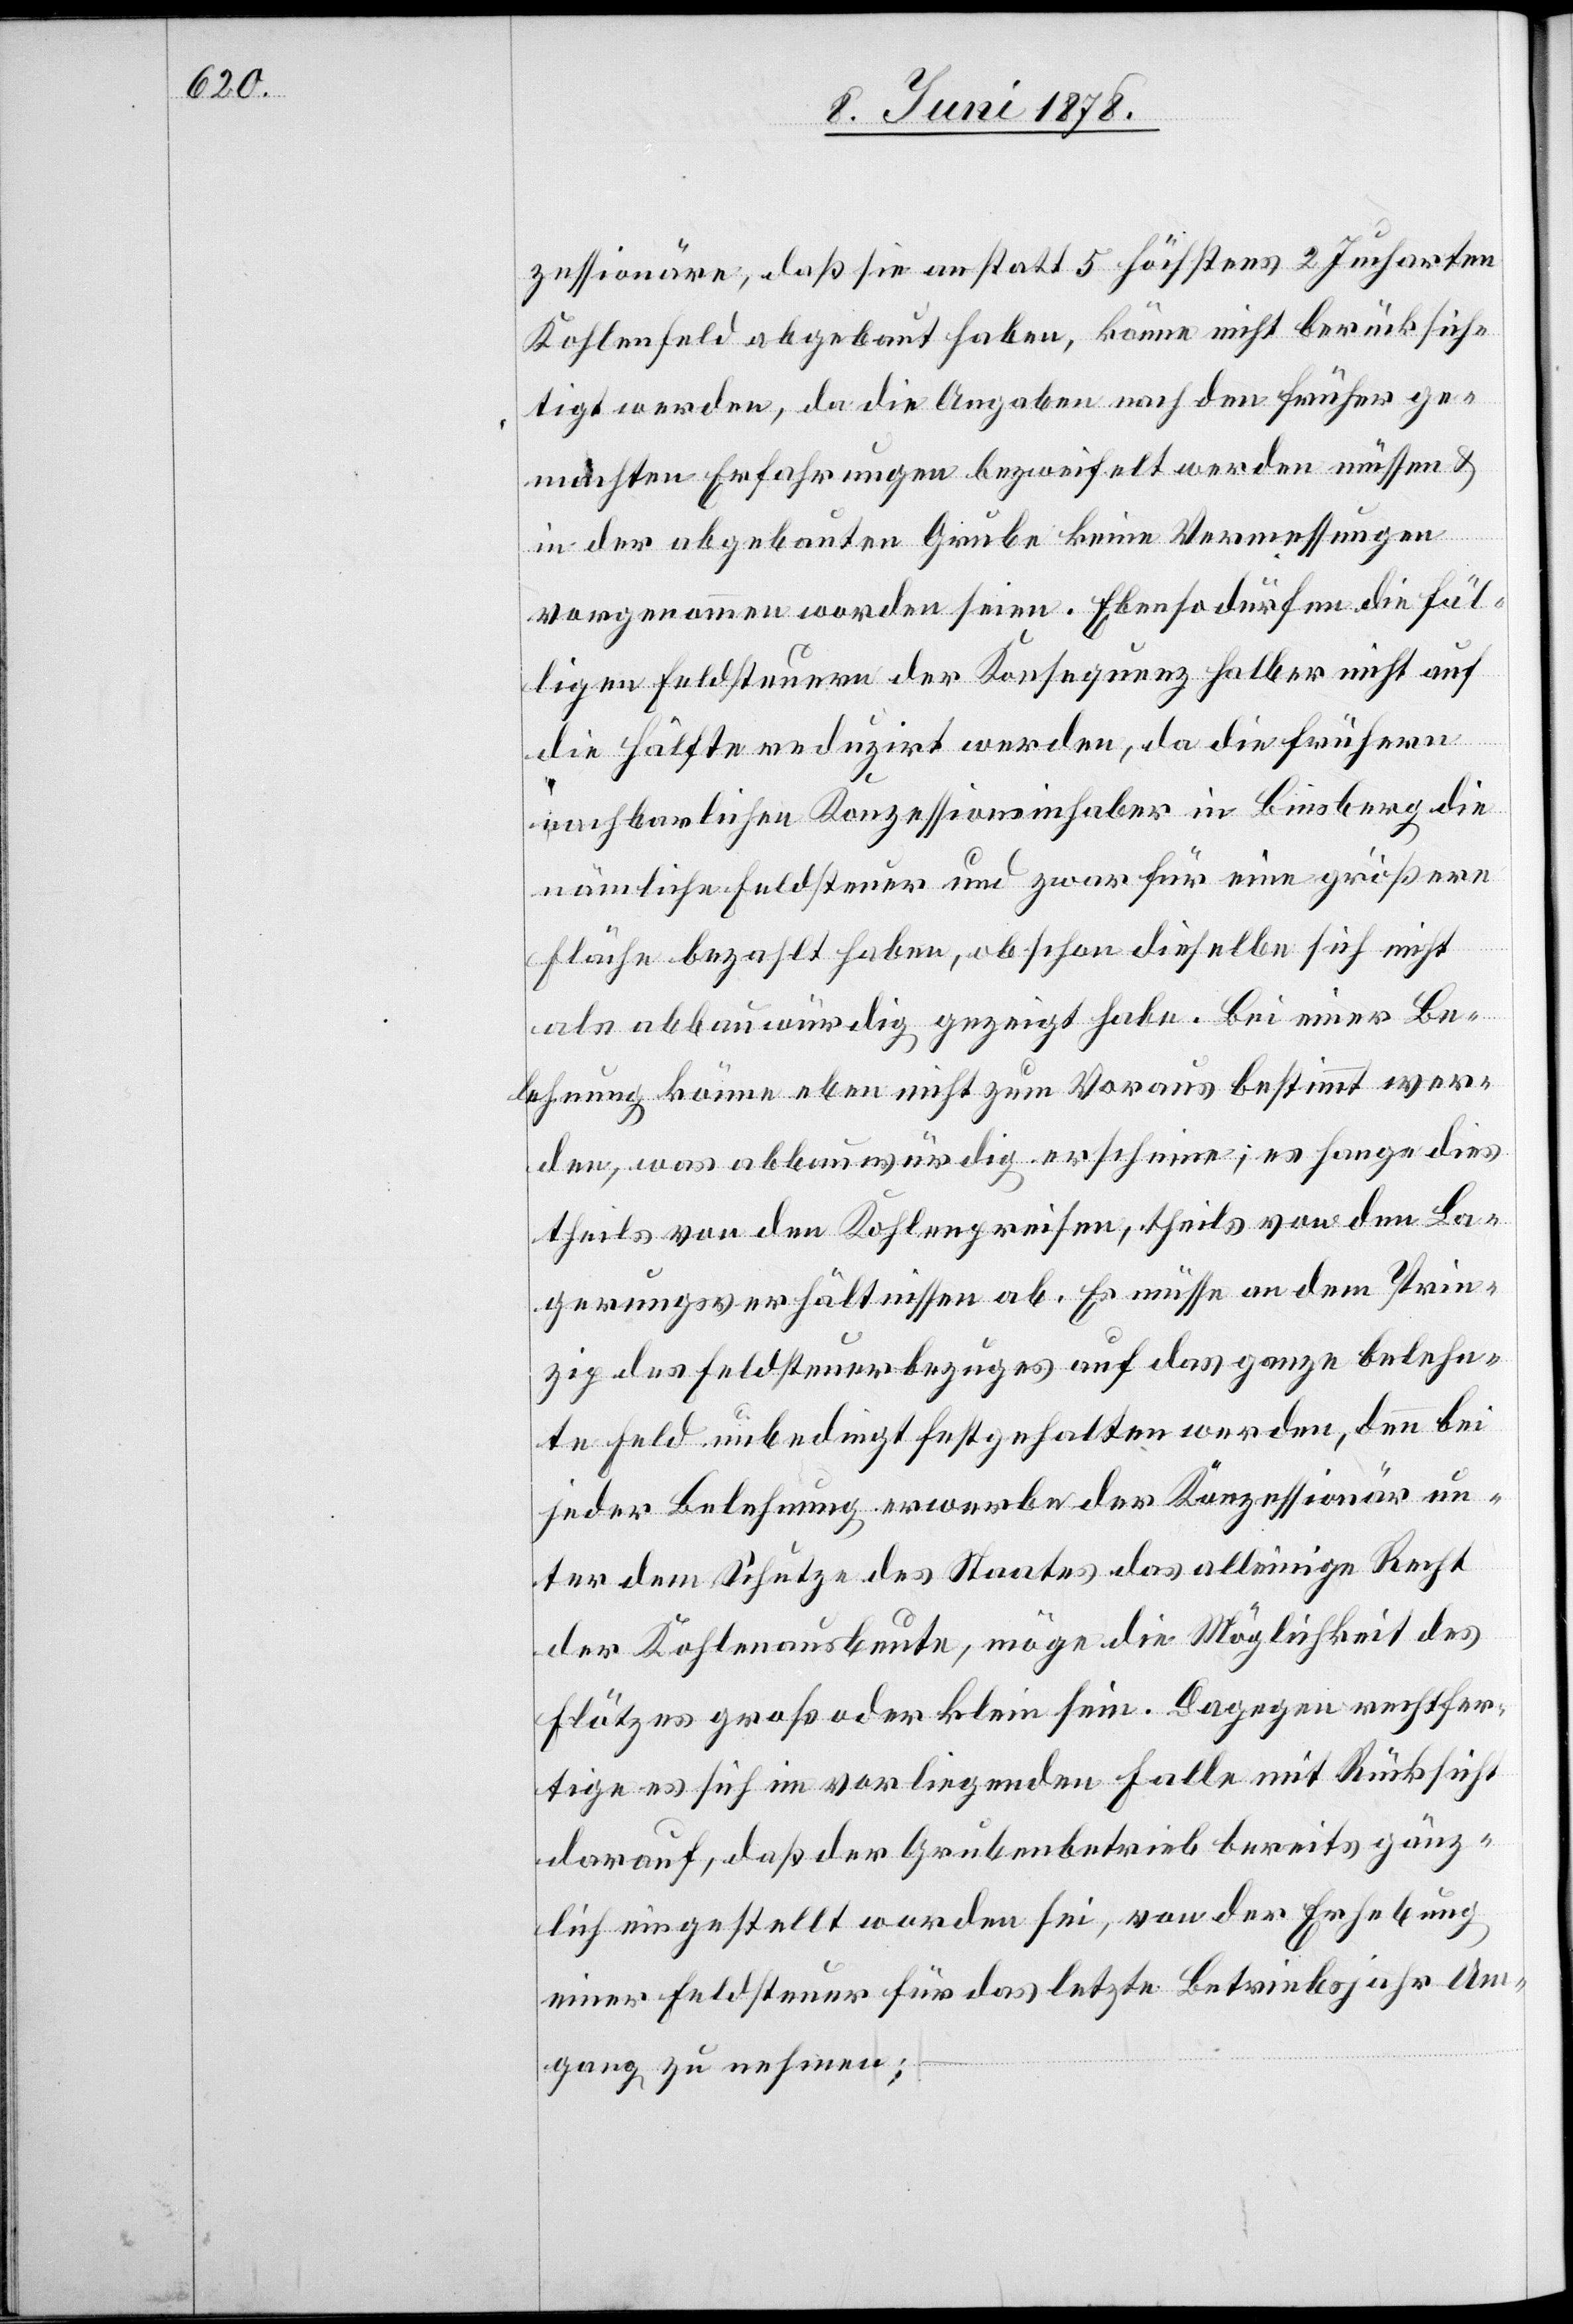
zessionäre, daß sie anstatt 5 höchstens 2 Jucharten
Kohlenfeld abgebaut haben, könne nicht berücksich¬
tigt werden, da die Angaben nach den früher ge¬
machten Erfahrungen bezweifelt werden müssen &
in der abgebauten Grube keine Vermessungen
vorgenommen worden seien. Ebenso dürfen die fäl¬
ligen Feldsteuern der Konsequenz halber nicht auf
die Hälfte reduzirt werden, da die frühern
nachbarlichen Konzessionsinhaber in Liesberg die
nämliche Feldsteuer und zwar für eine größere
Fläche bezahlt haben, ob schon dieselbe sich nicht
als abbauwürdig gezeigt habe. Bei einer Be¬
lehnung könne eben nicht zum Voraus bestimmt wer¬
den, was abbauwürdig erscheine, es hange dies
theils von den Kohlenpreisen, theils von den La¬
gerungsverhältnissen ab. Es müsse an dem Prin¬
zip des Feldsteuerbezuges auf das ganze belehn¬
te Feld unbedingt festgehalten werden, denn bei
jeder Belehnung erwerbe der Konzessionär un¬
ter dem Schutze des Staates das alleinige Recht
der Kohlenausbeute, möge die Möglichkeit des
Flötzes groß oder klein sein. Dagegen rechtfer¬
tige es sich im vorliegenden Falle mit Rücksicht
darauf, daß der Grubenbetrieb bereits gänz¬
lich eingestellt worden sei, von der Erhebung
einer Feldsteuer für das letzte Betriebsjahr Um¬
gang zu nehmen;